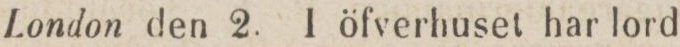
London den 2. 1 öfverhuset har lord